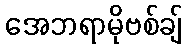
အေဘရာမိုဗစ်ချ်